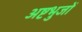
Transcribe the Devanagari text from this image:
अष्टभुजों